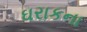
ઘરાકના